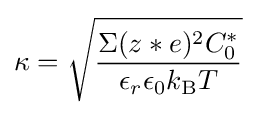
\kappa ={\sqrt {\frac {\Sigma (z*e)^{2}C_{0}^{*}}{\epsilon _{r}\epsilon _{0}k_{\text{B}}T}}}